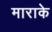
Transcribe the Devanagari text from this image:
माराके